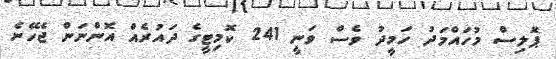
ޕޮލިސް މުހައްމަދު ހަމީދު ވެސް ވަނީ 241 ކޮމިޓީގެ ދައުރެއް އޮންނަން ޖެހޭނެ